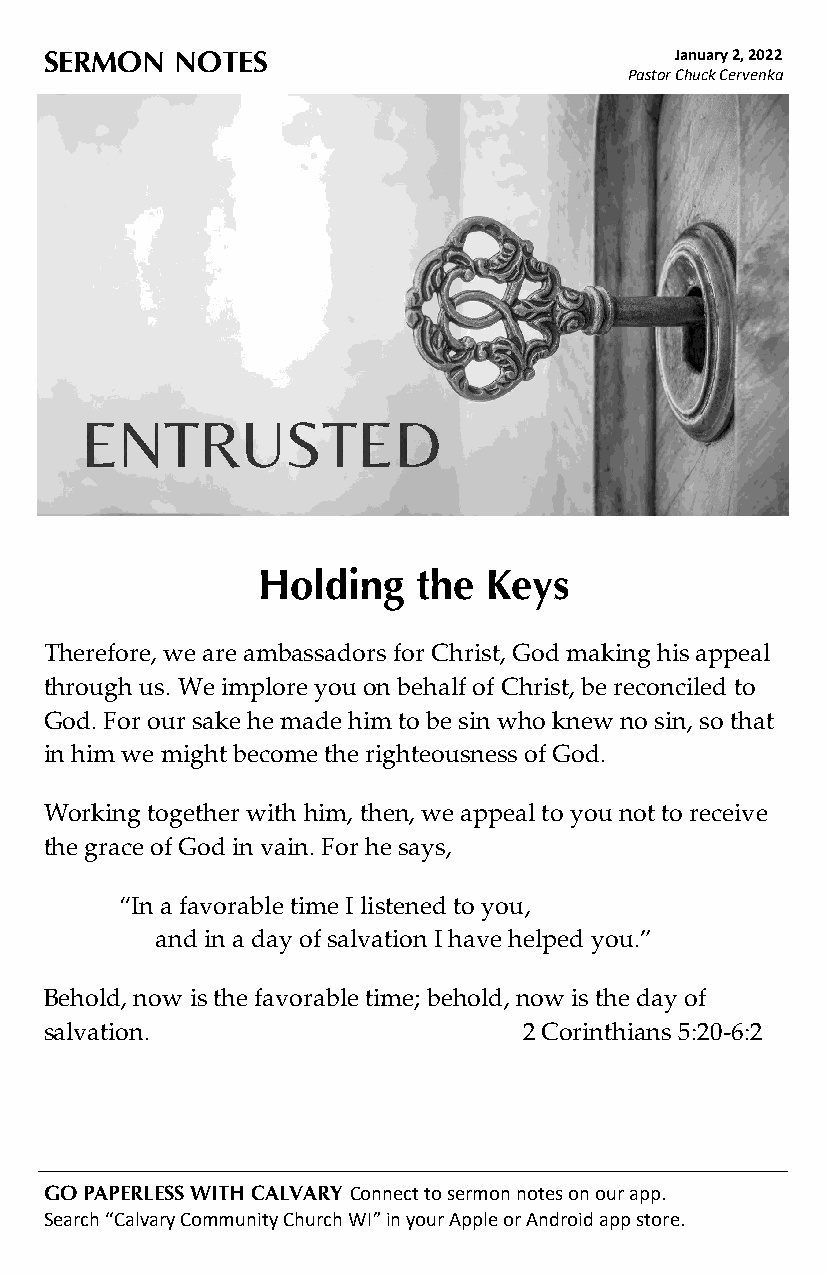
SERMON  NOTES                             January 2, 2022
 Pastor Chuck Cervenka
 Holding    the Keys
 Therefore, we are ambassadors for Christ, God making his appeal
 through us. We implore you on behalf of Christ, be reconciled to
 God. For our sake he made him to be sin who knew no sin, so that
 in him we might become the righteousness of God.
 Working together with him, then, we appeal to you not to receive
 the grace of God in vain. For he says,
 “In a favorable time I listened to you,
 and in a day of salvation I have helped you.”
 Behold, now is the favorable time; behold, now is the day of
 salvation.                      2 Corinthians 5:20-6:2
 GO PAPERLESS WITH CALVARY Connect to sermon notes on our app.
 Search “Calvary Community Church WI” in your Apple or Android app store.